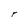
Character: r